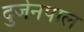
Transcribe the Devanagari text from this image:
दुर्जनपाल